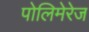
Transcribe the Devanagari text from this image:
पोलिमेरेज